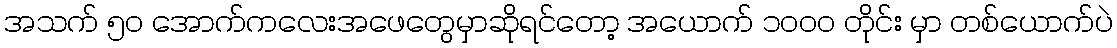
အသက် ၅၀ အောက်ကလေးအဖေတွေမှာဆိုရင်တော့ အယောက် ၁၀၀၀ တိုင်း မှာ တစ်ယောက်ပဲ